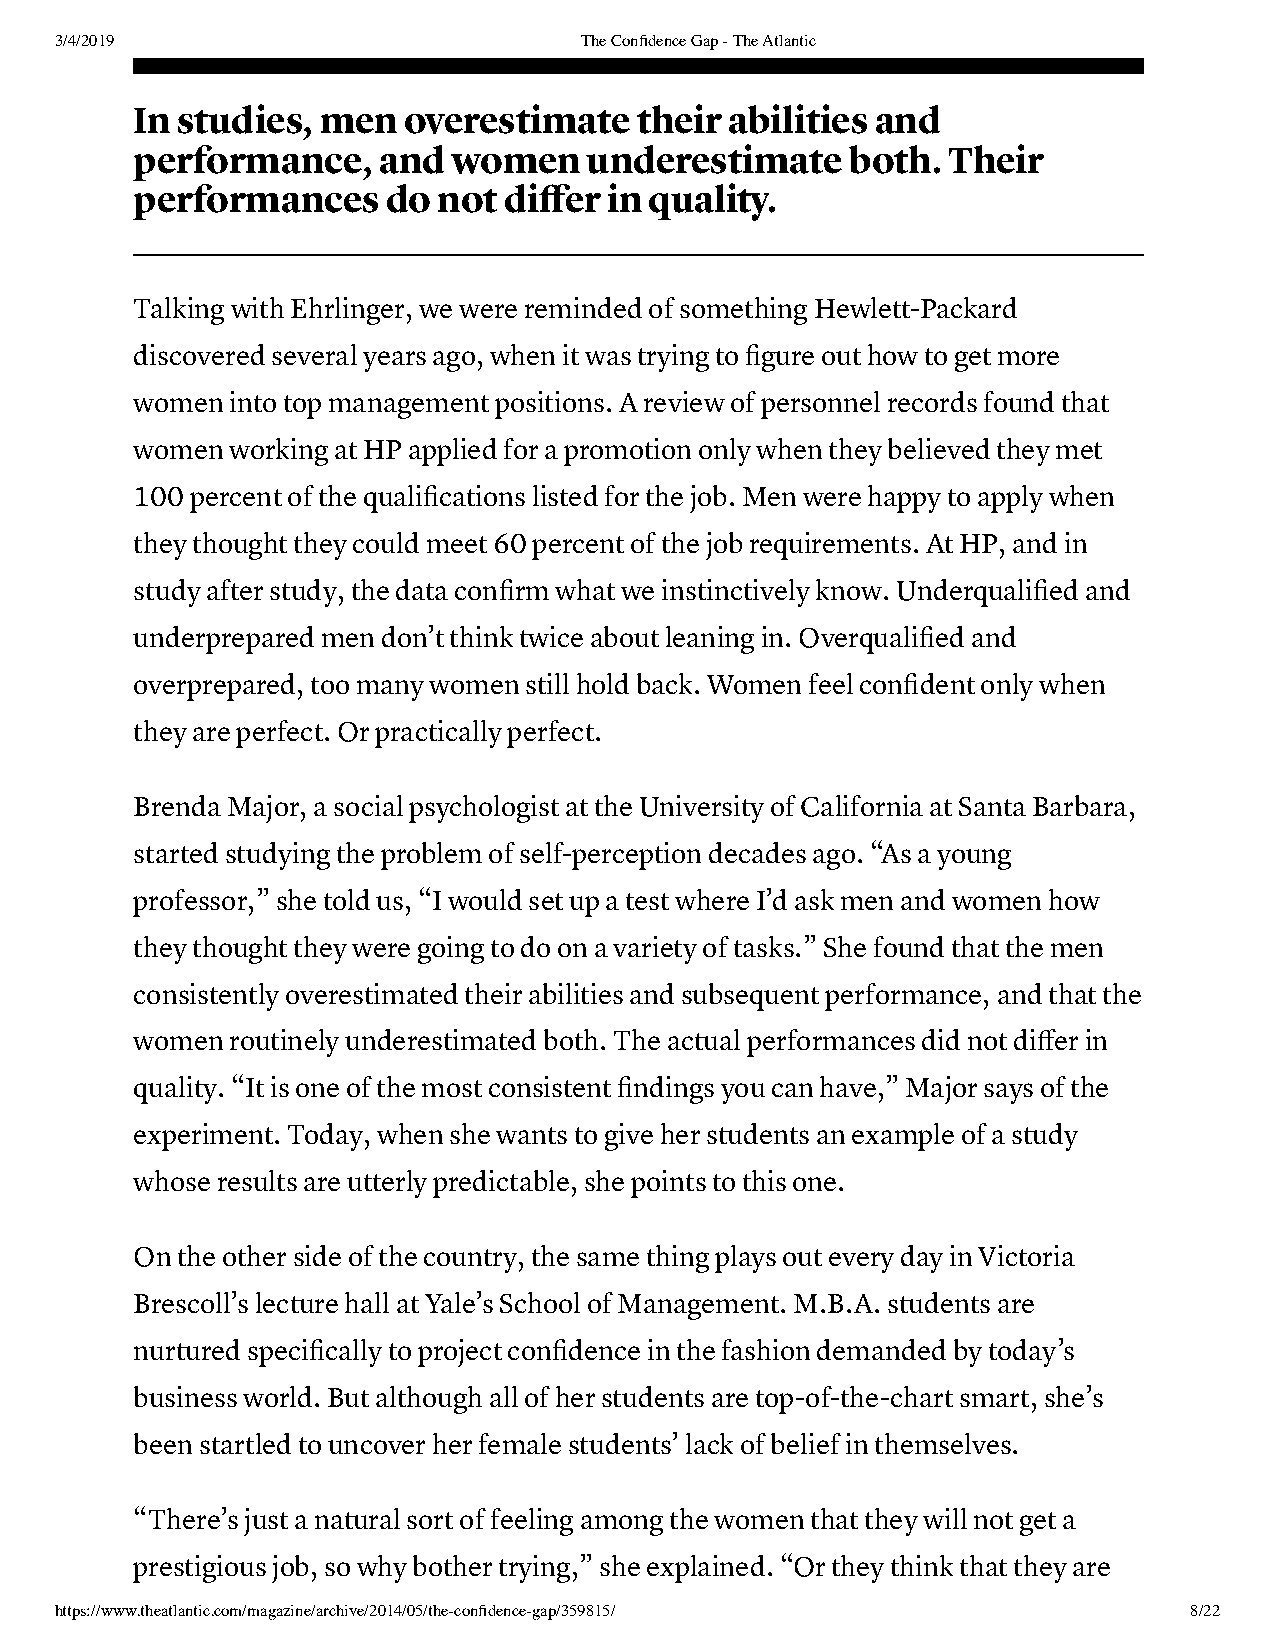
3/4/2019                          The Confidence Gap - The Atlantic
 In studies, men   overestimate   their abilities and
 performance,    and  women    underestimate    both.  Their
 performances     do not differ in quality.
 Talking with Ehrlinger, we were reminded of something Hewlett-Packard
 discovered several years ago, when it was trying to figure out how to get more
 women into top management positions. A review of personnel records found that
 women working at HP applied for a promotion only when they believed they met
 100 percent of the qualifications listed for the job. Men were happy to apply when
 they thought they could meet 60 percent of the job requirements. At HP, and in
 study after study, the data confirm what we instinctively know. Underqualified and
 underprepared men don’t think twice about leaning in. Overqualified and
 overprepared, too many women still hold back. Women feel confident only when
 they are perfect. Or practically perfect.
 Brenda Major, a social psychologist at the University of California at Santa Barbara,
 started studying the problem of self-perception decades ago. “As a young
 professor,” she told us, “I would set up a test where I’d ask men and women how
 they thought they were going to do on a variety of tasks.” She found that the men
 consistently overestimated their abilities and subsequent performance, and that the
 women routinely underestimated both. The actual performances did not differ in
 quality. “It is one of the most consistent findings you can have,” Major says of the
 experiment. Today, when she wants to give her students an example of a study
 whose results are utterly predictable, she points to this one.
 On the other side of the country, the same thing plays out every day in Victoria
 Brescoll’s lecture hall at Yale’s School of Management. M.B.A. students are
 nurtured specifically to project confidence in the fashion demanded by today’s
 business world. But although all of her students are top-of-the-chart smart, she’s
 been startled to uncover her female students’ lack of belief in themselves.
 “There’s just a natural sort of feeling among the women that they will not get a
 prestigious job, so why bother trying,” she explained. “Or they think that they are
 https://www.theatlantic.com/magazine/archive/2014/05/the-confidence-gap/359815/ 8/22